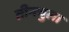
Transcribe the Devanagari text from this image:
तीनचुला